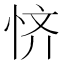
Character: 𫺊